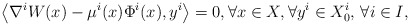
\begin{align*}\big\langle \nabla^{i} W(x) - \mu^i (x) \Phi^{i}(x) , y^i \big\rangle = 0, \forall x \in X, \forall y^i \in X^i_0, \, \forall i\in I,\end{align*}